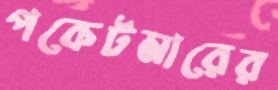
পকেটমারের